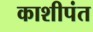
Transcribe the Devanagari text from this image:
काशीपंत